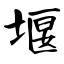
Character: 堰